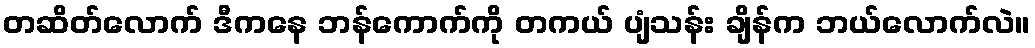
တဆိတ်လောက် ဒီကနေ ဘန်ကောက်ကို တကယ် ပျံသန်း ချိန်က ဘယ်လောက်လဲ။